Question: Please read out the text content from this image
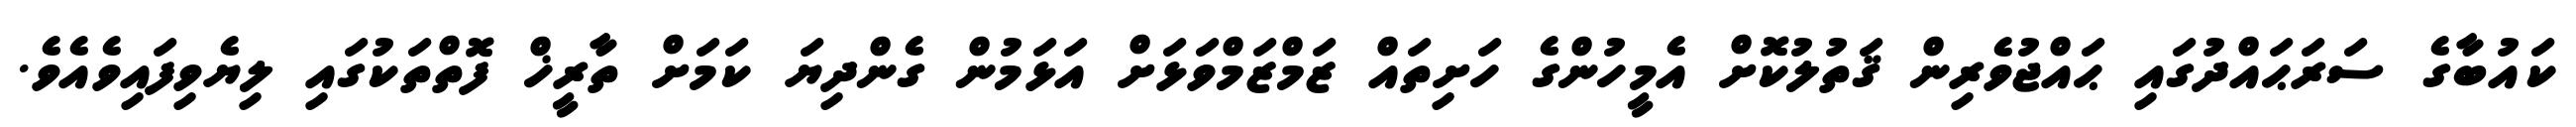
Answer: ކައުބާގެ ސަރަޙައްދުގައި ޙައްޖުވެރިން ޤަތުލުކޮށް އެމީހުންގެ ހަށިތައް ޒަމްޒަމްވަޅަށް އަޅަމުން ގެންދިޔަ ކަމަށް ތާރީޚް ފޮތްތަކުގައި ލިޔެވިފައިވެއެވެ.